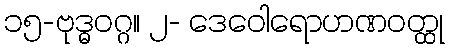
၁၅-ဗုဒ္ဓဝဂ္ဂ။ ၂- ဒေဝေါရောဟဏဝတ္ထု